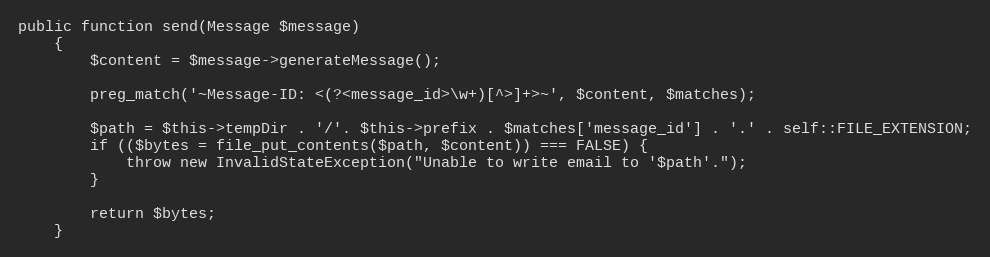
Language: PHP
public function send(Message $message)
	{
		$content = $message->generateMessage();

		preg_match('~Message-ID: <(?<message_id>\w+)[^>]+>~', $content, $matches);

		$path = $this->tempDir . '/'. $this->prefix . $matches['message_id'] . '.' . self::FILE_EXTENSION;
		if (($bytes = file_put_contents($path, $content)) === FALSE) {
			throw new InvalidStateException("Unable to write email to '$path'.");
		}

		return $bytes;
	}